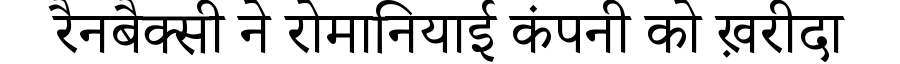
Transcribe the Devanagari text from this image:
रैनबैक्सी ने रोमानियाई कंपनी को ख़रीदा